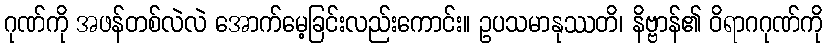
ဂုဏ်ကို အဖန်တစ်လဲလဲ အောက်မေ့ခြင်းလည်းကောင်း။ ဥပသမာနုဿတိ၊ နိဗ္ဗာန်၏ ဝိရာဂဂုဏ်ကို